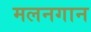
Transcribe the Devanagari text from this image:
मलनगान